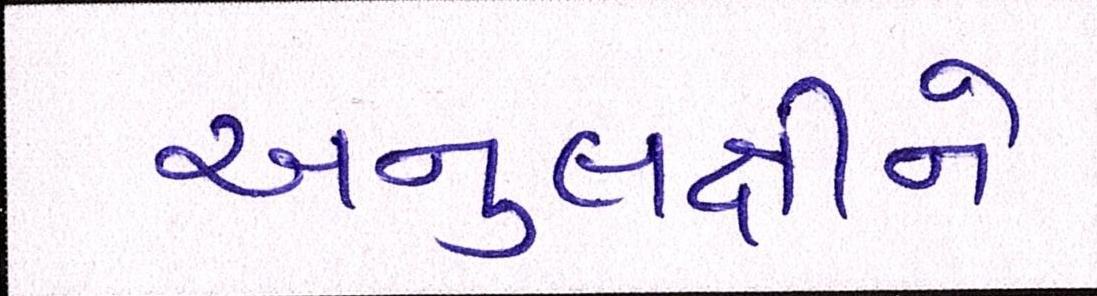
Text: અનુલક્ષીને